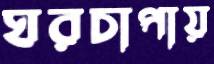
ঘরচাপায়